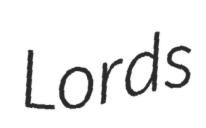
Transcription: Lords